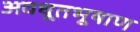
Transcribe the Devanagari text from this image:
अवधूतभूषाण